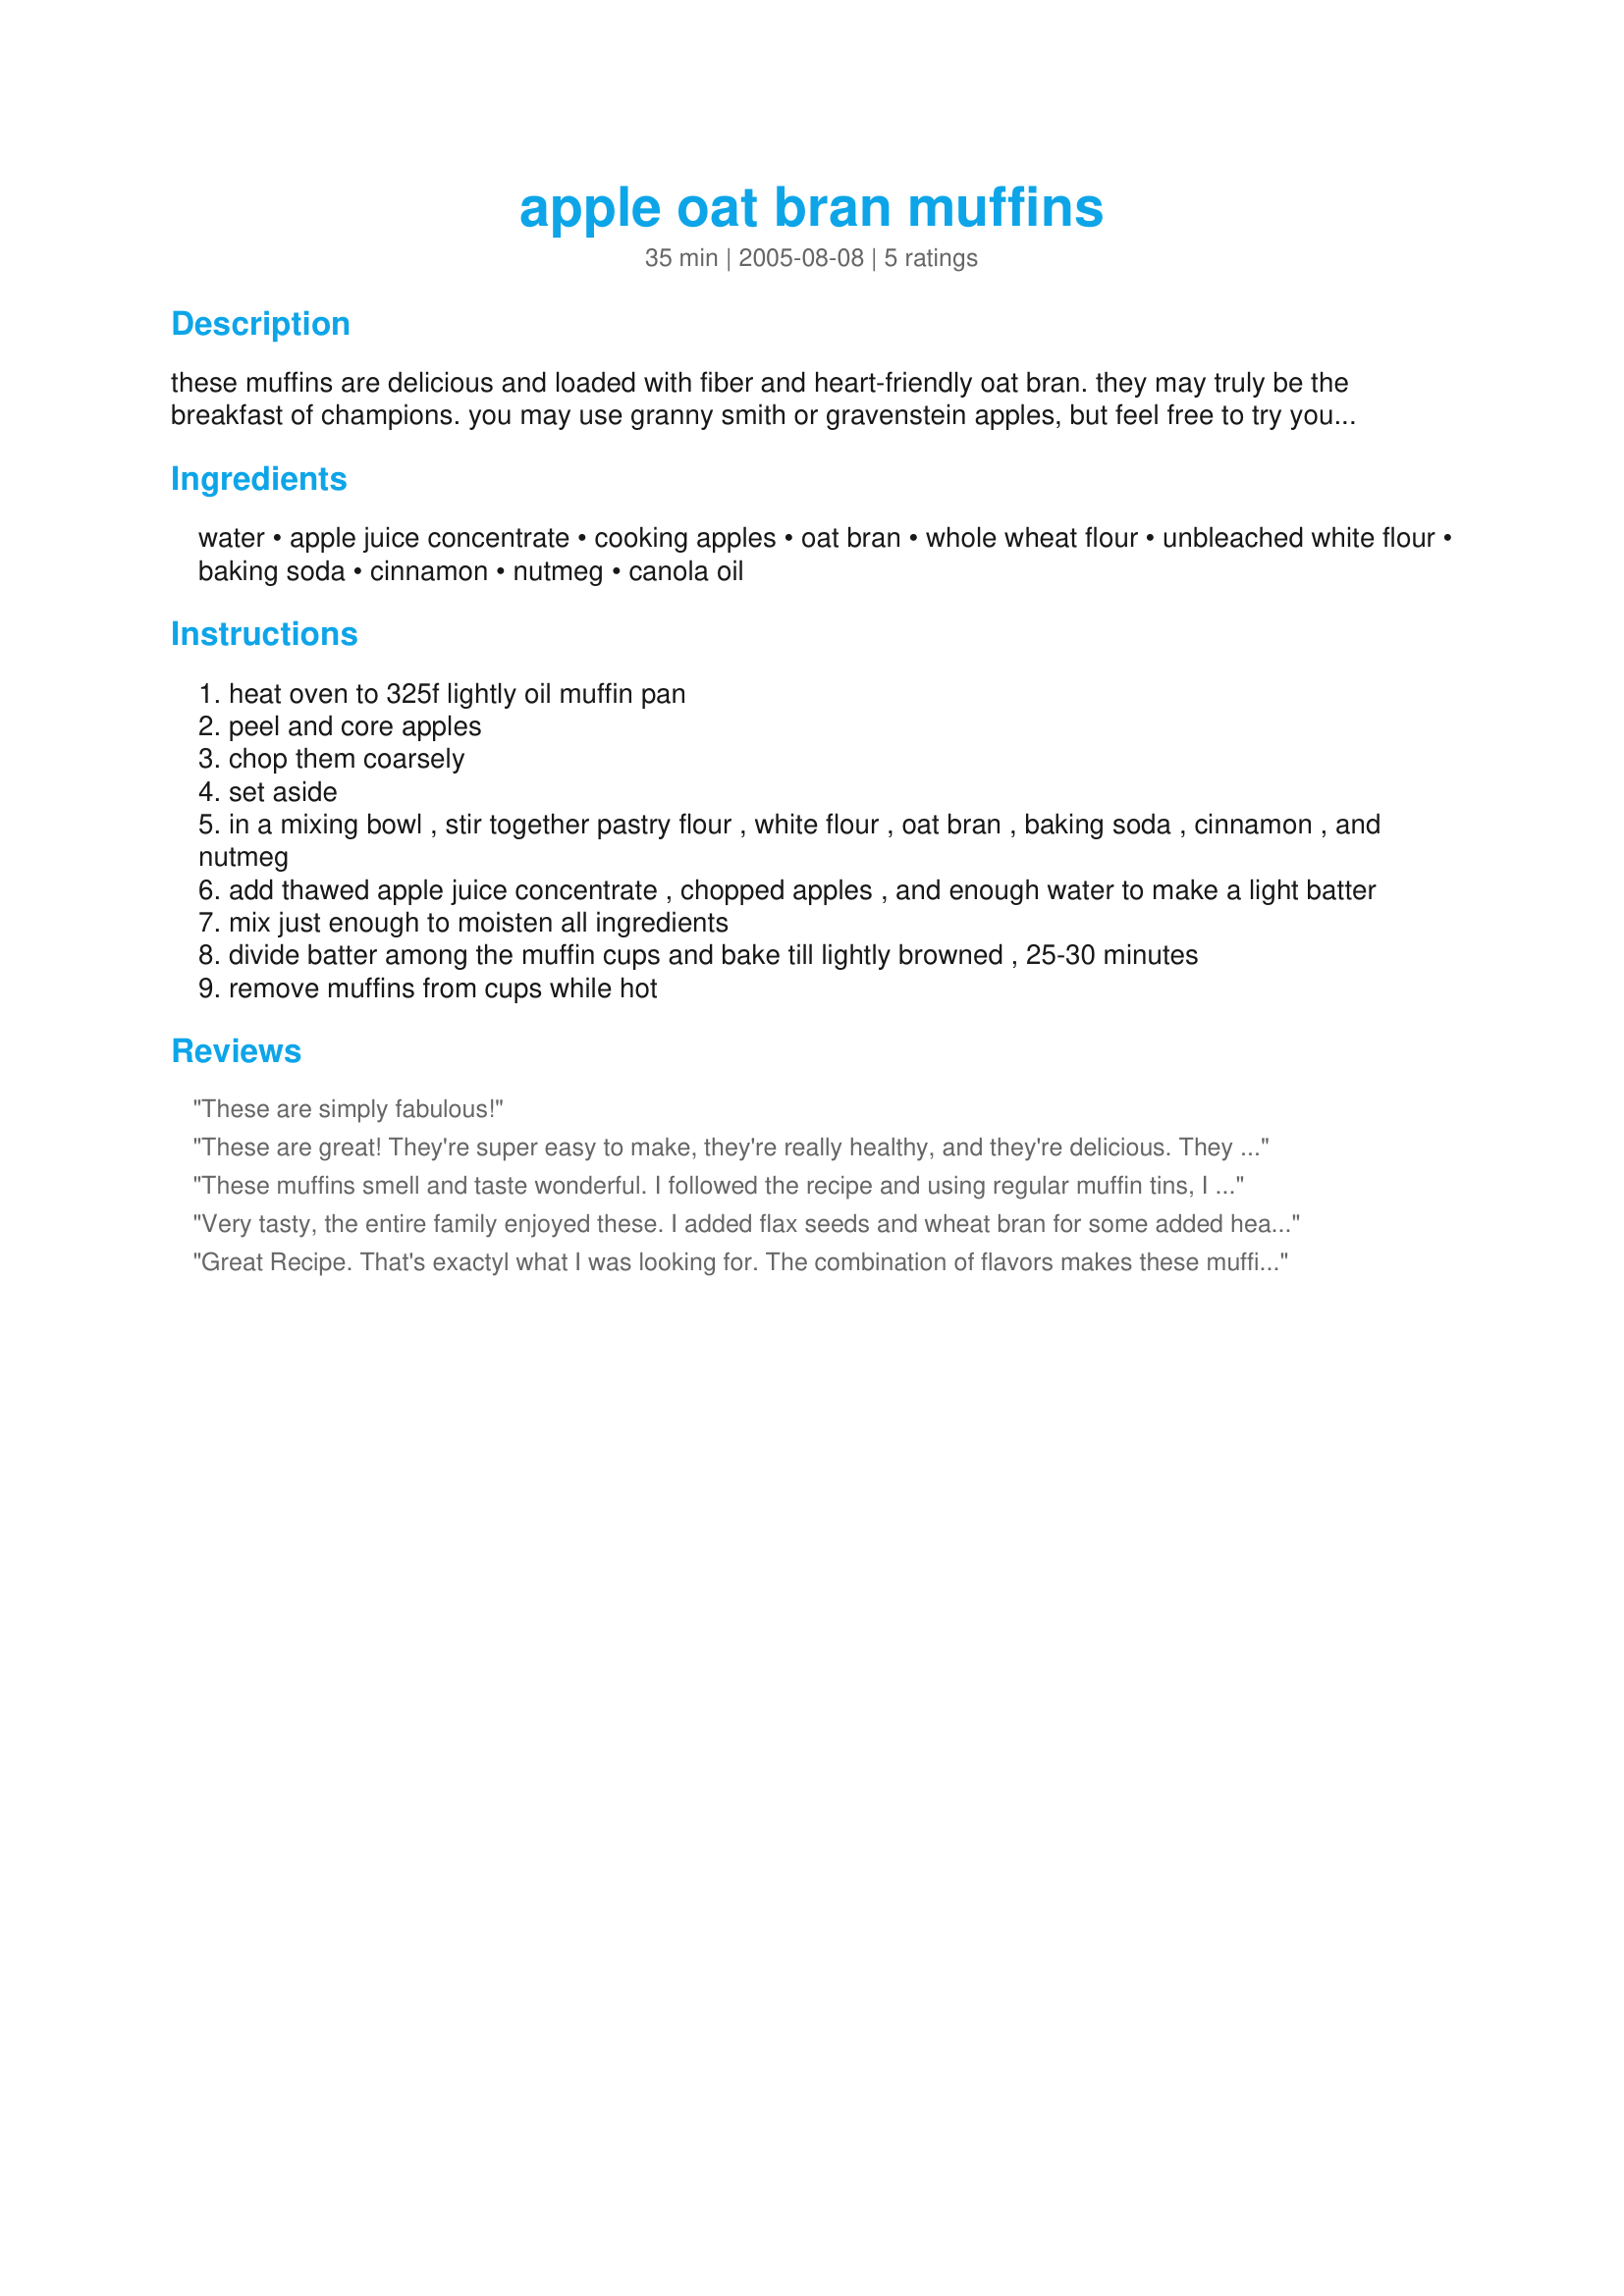
apple oat bran muffins
Preparation time: 35 minutes

these muffins are delicious and loaded with fiber and heart-friendly oat bran. they may truly be the breakfast of champions. you may use granny smith or gravenstein apples, but feel free to try your favorite green apple. you can freeze what you don't consume right away for a later date.

Ingredients:
water, apple juice concentrate, cooking apples, oat bran, whole wheat flour, unbleached white flour, baking soda, cinnamon, nutmeg, canola oil

Steps:
heat oven to 325f lightly oil muffin pan
peel and core apples
chop them coarsely
set aside
in a mixing bowl , stir together pastry flour , white flour , oat bran , baking soda , cinnamon , and nutmeg
add thawed apple juice concentrate , chopped apples , and enough water to make a light batter
mix just enough to moisten all ingredients
divide batter among the muffin cups and bake till lightly browned , 25-30 minutes
remove muffins from cups while hot

Reviews:
These are simply fabulous!
These are great! They're super easy to make, they're really healthy, and they're delicious. They have no added sugar and lots of fiber and whole grains, but they still taste good. I used 3 cups of white whole wheat flour (instead of the 1 cup of white flour and 2 cups of whole wheat) and added a chopped pear. I found that it worked better to cook them at 350, but my oven might run a little cool. Also, make sure you freeze or refrigerate what you don't eat the first day or so. I didn't the first time I made them and the fruit went rancid. This recipe made 24 muffins for me, rather than the 10-12 that it says. This is definitely a keeper!
These muffins smell and taste wonderful. I followed the recipe and using regular muffin tins, I got 2 dozen muffins. These are now on our healthy muffin rotation list. Thanks for a great recipe.
Very tasty, the entire family enjoyed these. I added flax seeds and wheat bran for some added health. Next time I think I will use a apple that is more tart and I was thinking about soaking the apples in cinnamon and sugar before adding them for some extra flavor. These were good, I will be trying them again. They taste almost like an apple pie.
Great Recipe. That's exactyl what I was looking for. The combination of flavors makes these muffins so delicious. You have cinnamon, nutmeg (used fresh one, which is much better than dried nutmeg) and slightly tart apples (Granny Smith). But the combination of whole-wheat flour and oat bran makes them healthy. For active people this is just the sweet dessert after workout / training. Because I didn't have apple juice concentrate at hand, I used apple juice instead of water and concentrate. The muffins were not that sweet, but very delicious. Next time I would add some brown sugar or honey to sweeten the muffins or use water and juice cocentrate as in the recipe given. This muffin recipe is healthy and tasty, I will keep it in my Marathon Training cookbook. A real keeper.
